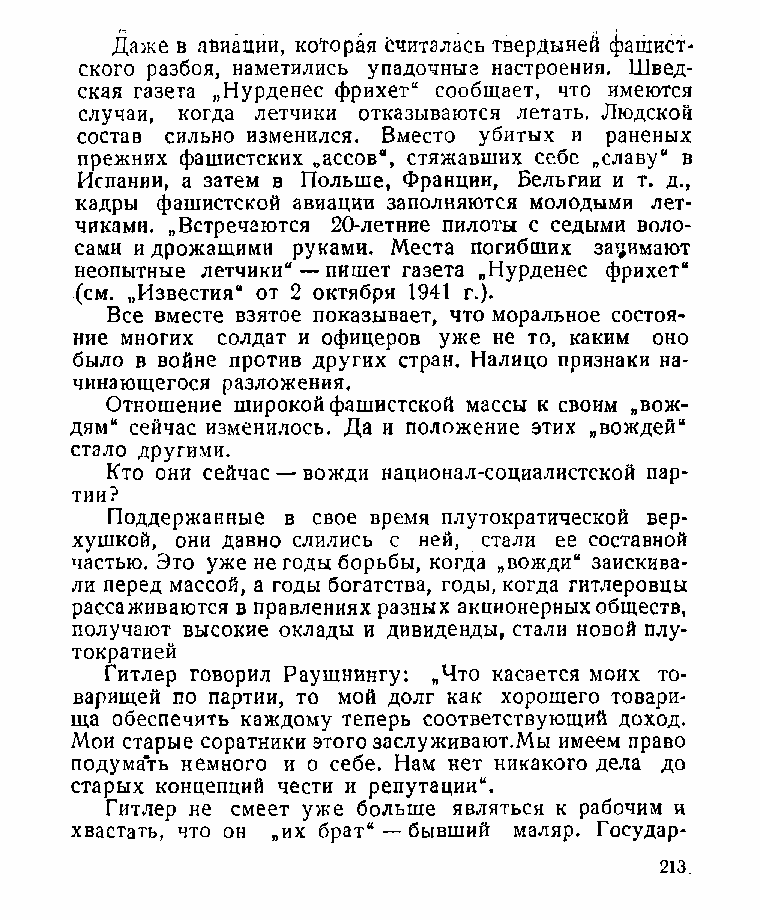
Даже в авиации, которая считалась твердыней фашист­
 ского разбоя, наметились упадочныз настроения. Швед­
 ская газета „Нурденес фрихет“ сообщает, что имеются
 случаи, когда летчики отказываются летать. Людской
 состав сильно изменился. Вместо убитых и раненых
 прежних фашистских „ассов“, стяжавших себе „славу“ в
 Испании, а затем в Польше, Франции, Бельгии и т. д.,
 кадры фашистской авиации заполняются молодыми лет­
 чиками. „Встречаются 20-летние пилоты с седыми воло­
 сами и дрожащими руками. Места погибших занимают
 неопытные летчики“ — пишет газета „Нурденес фрихет“
 (см. „Известия“ от 2 октября 1941 г.).
 Все вместе взятое показывает, что моральное состоя­
 ние многих солдат и офицеров уже не то, каким оно
 было в войне против других стран. Налицо признаки на­
 чинающегося разложения.
 Отношение широкой фашистской массы к своим „вож­
 дям“ сейчас изменилось. Да и положение этих „вождей“
 стало другими.
 Кто они сейчас — вожди национал-социалистской пар­
 тии?
 Поддержанные в свое время плутократической вер­
 хушкой, они давно слились с ней, стали ее составной
 частью. Это уже не годы борьбы, когда „вожди“ заискива­
 ли перед массой, а годы богатства, годы, когда гитлеровцы
 рассаживаются в правлениях разных акционерных обществ,
 получают высокие оклады и дивиденды, стали новой плу­
 тократией
 Гитлер говорил Раушнингу: „Что касается моих то­
 варищей по партии, то мой долг как хорошего товари­
 ща обеспечить каждому теперь соответствующий доход.
 Мои старые соратники этого заслуживают.Мы имеем право
 подумать немного и о себе. Нам нет никакого дела до
 старых концепций чести и репутации“.
 Гитлер не смеет уже больше являться к рабочим и
 хвастать, что он „их брат“ — бывший маляр. Государ-
 213.